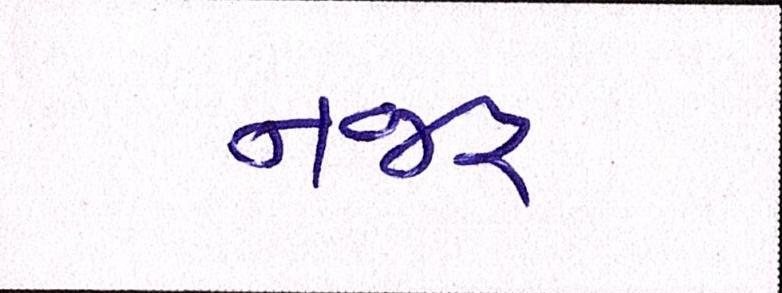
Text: નજર